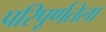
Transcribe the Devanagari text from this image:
परिपूर्णतेला